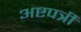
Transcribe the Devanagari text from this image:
अष्टपत्री